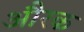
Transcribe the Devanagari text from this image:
औरक